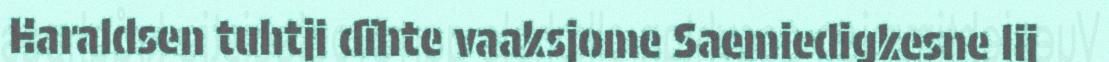
Haraldsen tuhtji dïhte vaaksjome Saemiedigkesne lij